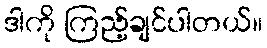
ဒါကို ကြည့်ချင်ပါတယ်။